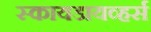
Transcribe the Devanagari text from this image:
स्कायडायव्हर्स